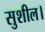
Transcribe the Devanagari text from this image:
सुशील।